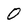
Character: 0